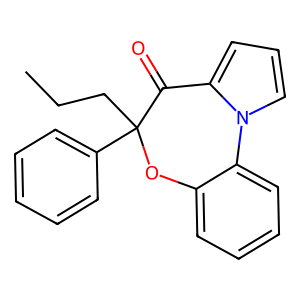
SMILES: CCCC1(c2ccccc2)Oc2ccccc2-n2cccc2C1=O
Inhibits HIV replication: No